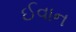
ઈવાન